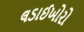
લડાઈખોરો